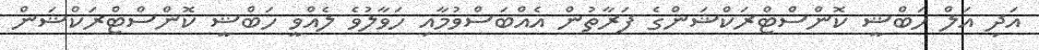
އަދި އަލް ހަބްޝީ ކޮންސްޓްރަކްޝަންގެ ފަރާތުން އެއްބަސްވުމާއި ހަވާލުވެ ލެއްވީ ހަބްޝީ ކޮންސްޓްރަކްޝަން